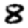
Digit: 8